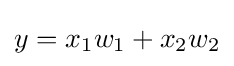
y=x_{1}w_{1}+x_{2}w_{2}